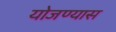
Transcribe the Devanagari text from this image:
योजण्यास